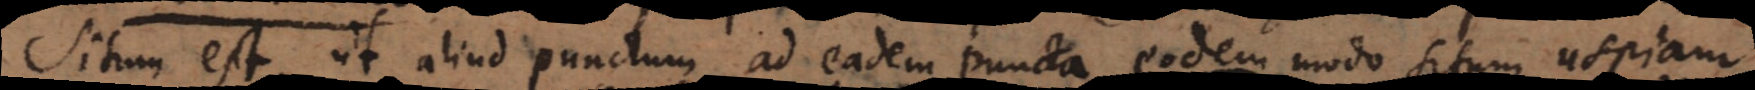
situm est, ut aliud punctum ad eadem puncta eodem modo situm uspiam